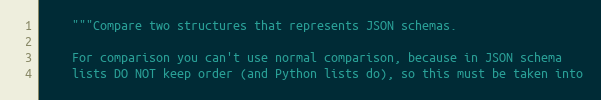
Language: Python
    """Compare two structures that represents JSON schemas.

    For comparison you can't use normal comparison, because in JSON schema
    lists DO NOT keep order (and Python lists do), so this must be taken into